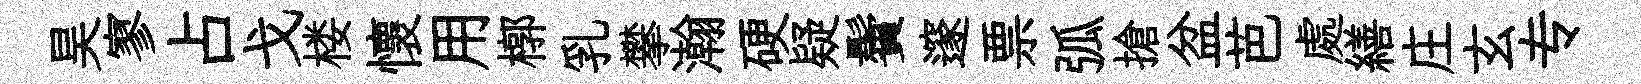
昊寥占戈楼懷用槨乳攀瀚硬疑鬢邃票弧搶盆芭處繕庄玄专